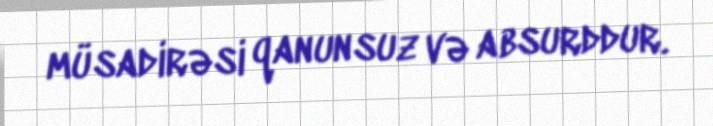
müsadirəsi qanunsuz və absurddur.